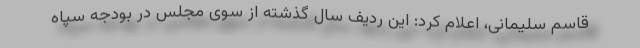
قاسم سلیمانی، اعلام کرد: این ردیف سال گذشته از سوی مجلس در بودجه سپاه